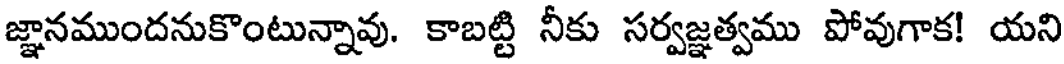
జ్ఞానముందనుకొంటున్నావు. కాబట్టి నీకు సర్వజ్ఞత్వము పోవుగాక! యని